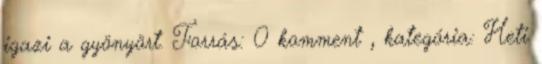
igazi a gyönyört. Forrás: 0 komment , kategória: Heti